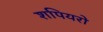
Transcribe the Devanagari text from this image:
शपियरो